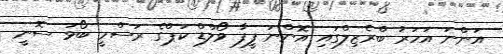
އަންނަ އަހަރު ބްރެޒިލްގައި އޮންނަ ފީފާ ވޯލްޑް ކަޕްގެ ރަސްމީ ބޯޅަ ސޮނީ